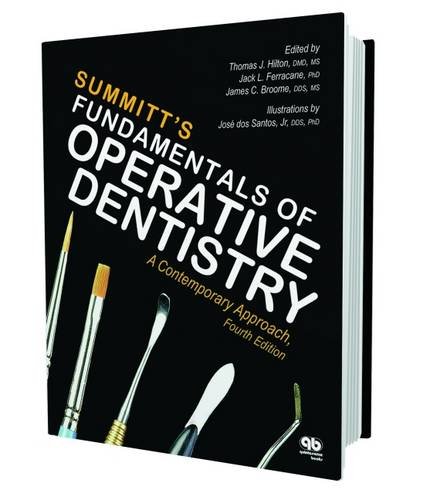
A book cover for Fundamentals of Operative Dentistry: A Contemporary Approach, Fourth Edition; Thomas J. Hilton; Medical Books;